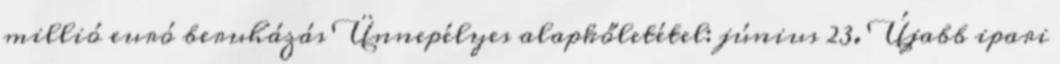
millió euró beruházás Ünnepélyes alapkőletétel: június 23. Újabb ipari